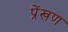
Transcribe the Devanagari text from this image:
प्रेंखण